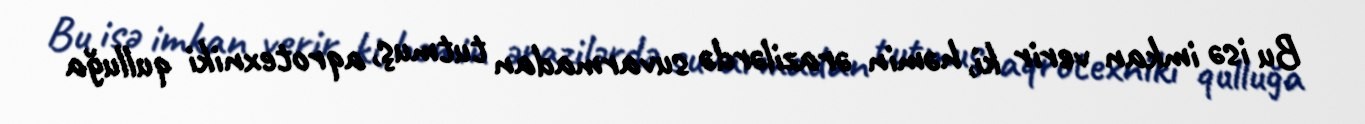
Bu isə imkan verir ki, həmin ərazilərdə suvarmadan tutmuş, aqrotexniki qulluğa